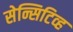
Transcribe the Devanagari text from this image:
सेन्सिटिव्ह